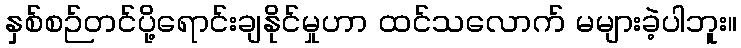
နှစ်စဉ်တင်ပို့ရောင်းချနိုင်မှုဟာ ထင်သလောက် မများခဲ့ပါဘူး။